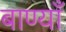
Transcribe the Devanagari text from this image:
बाण्याँ